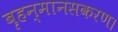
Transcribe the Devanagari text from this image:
बृहन्मानसकरण।